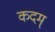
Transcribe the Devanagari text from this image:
कदम्